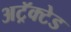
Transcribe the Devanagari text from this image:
अट्रॅक्टेड